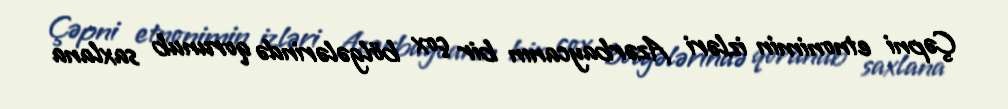
Çəpni etnonimin izləri Azərbaycanın bir çox bölgələrində qorunub saxlana